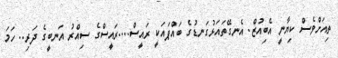
ތިއަށްވެސް ކިޔާނީ އެބިއުޒް. އެނގޭތައަޅުގަނޑުގެ ބައްޕައަކީ ރައީސް....ރައީސްގެ ސިއްރު އަނބީގެ ދަރި.. ހަމަ